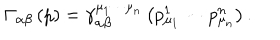
\Gamma _ { \alpha \beta } \left( p \right) = \gamma _ { \alpha \beta } ^ { \mu _ { 1 } \cdots \mu _ { n } } \left( p _ { \mu _ { 1 } } ^ { 1 } \cdots p _ { \mu _ { n } } ^ { n } \right) .